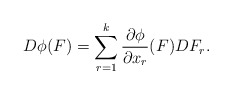
\begin{align*}D\phi(F)=\sum_{r=1}^k \frac{\partial \phi}{\partial x_r}(F) D F_r.\end{align*}